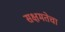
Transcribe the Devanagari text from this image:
सक्षमतेचा